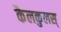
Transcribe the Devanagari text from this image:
कैलकुलस्‌